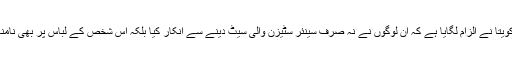
اس پوسٹ میں کویتا نے الزام لگایا ہے کہ ان لوگوں نے نہ صرف سینئر سٹیزن والی سیٹ دینے سے انکار کیا بلکہ اس شخص کے لباس پر بھی نامناسب تبصرہ کیا۔